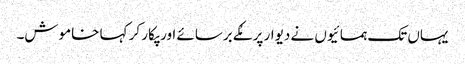
یہاں تک ہمسائیوں نے دیوار پر مُکے برسائے اور پکار کر کہا خاموش۔